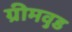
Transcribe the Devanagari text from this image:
ग्रीमवुड